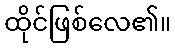
ထိုင်ဖြစ်လေ၏။